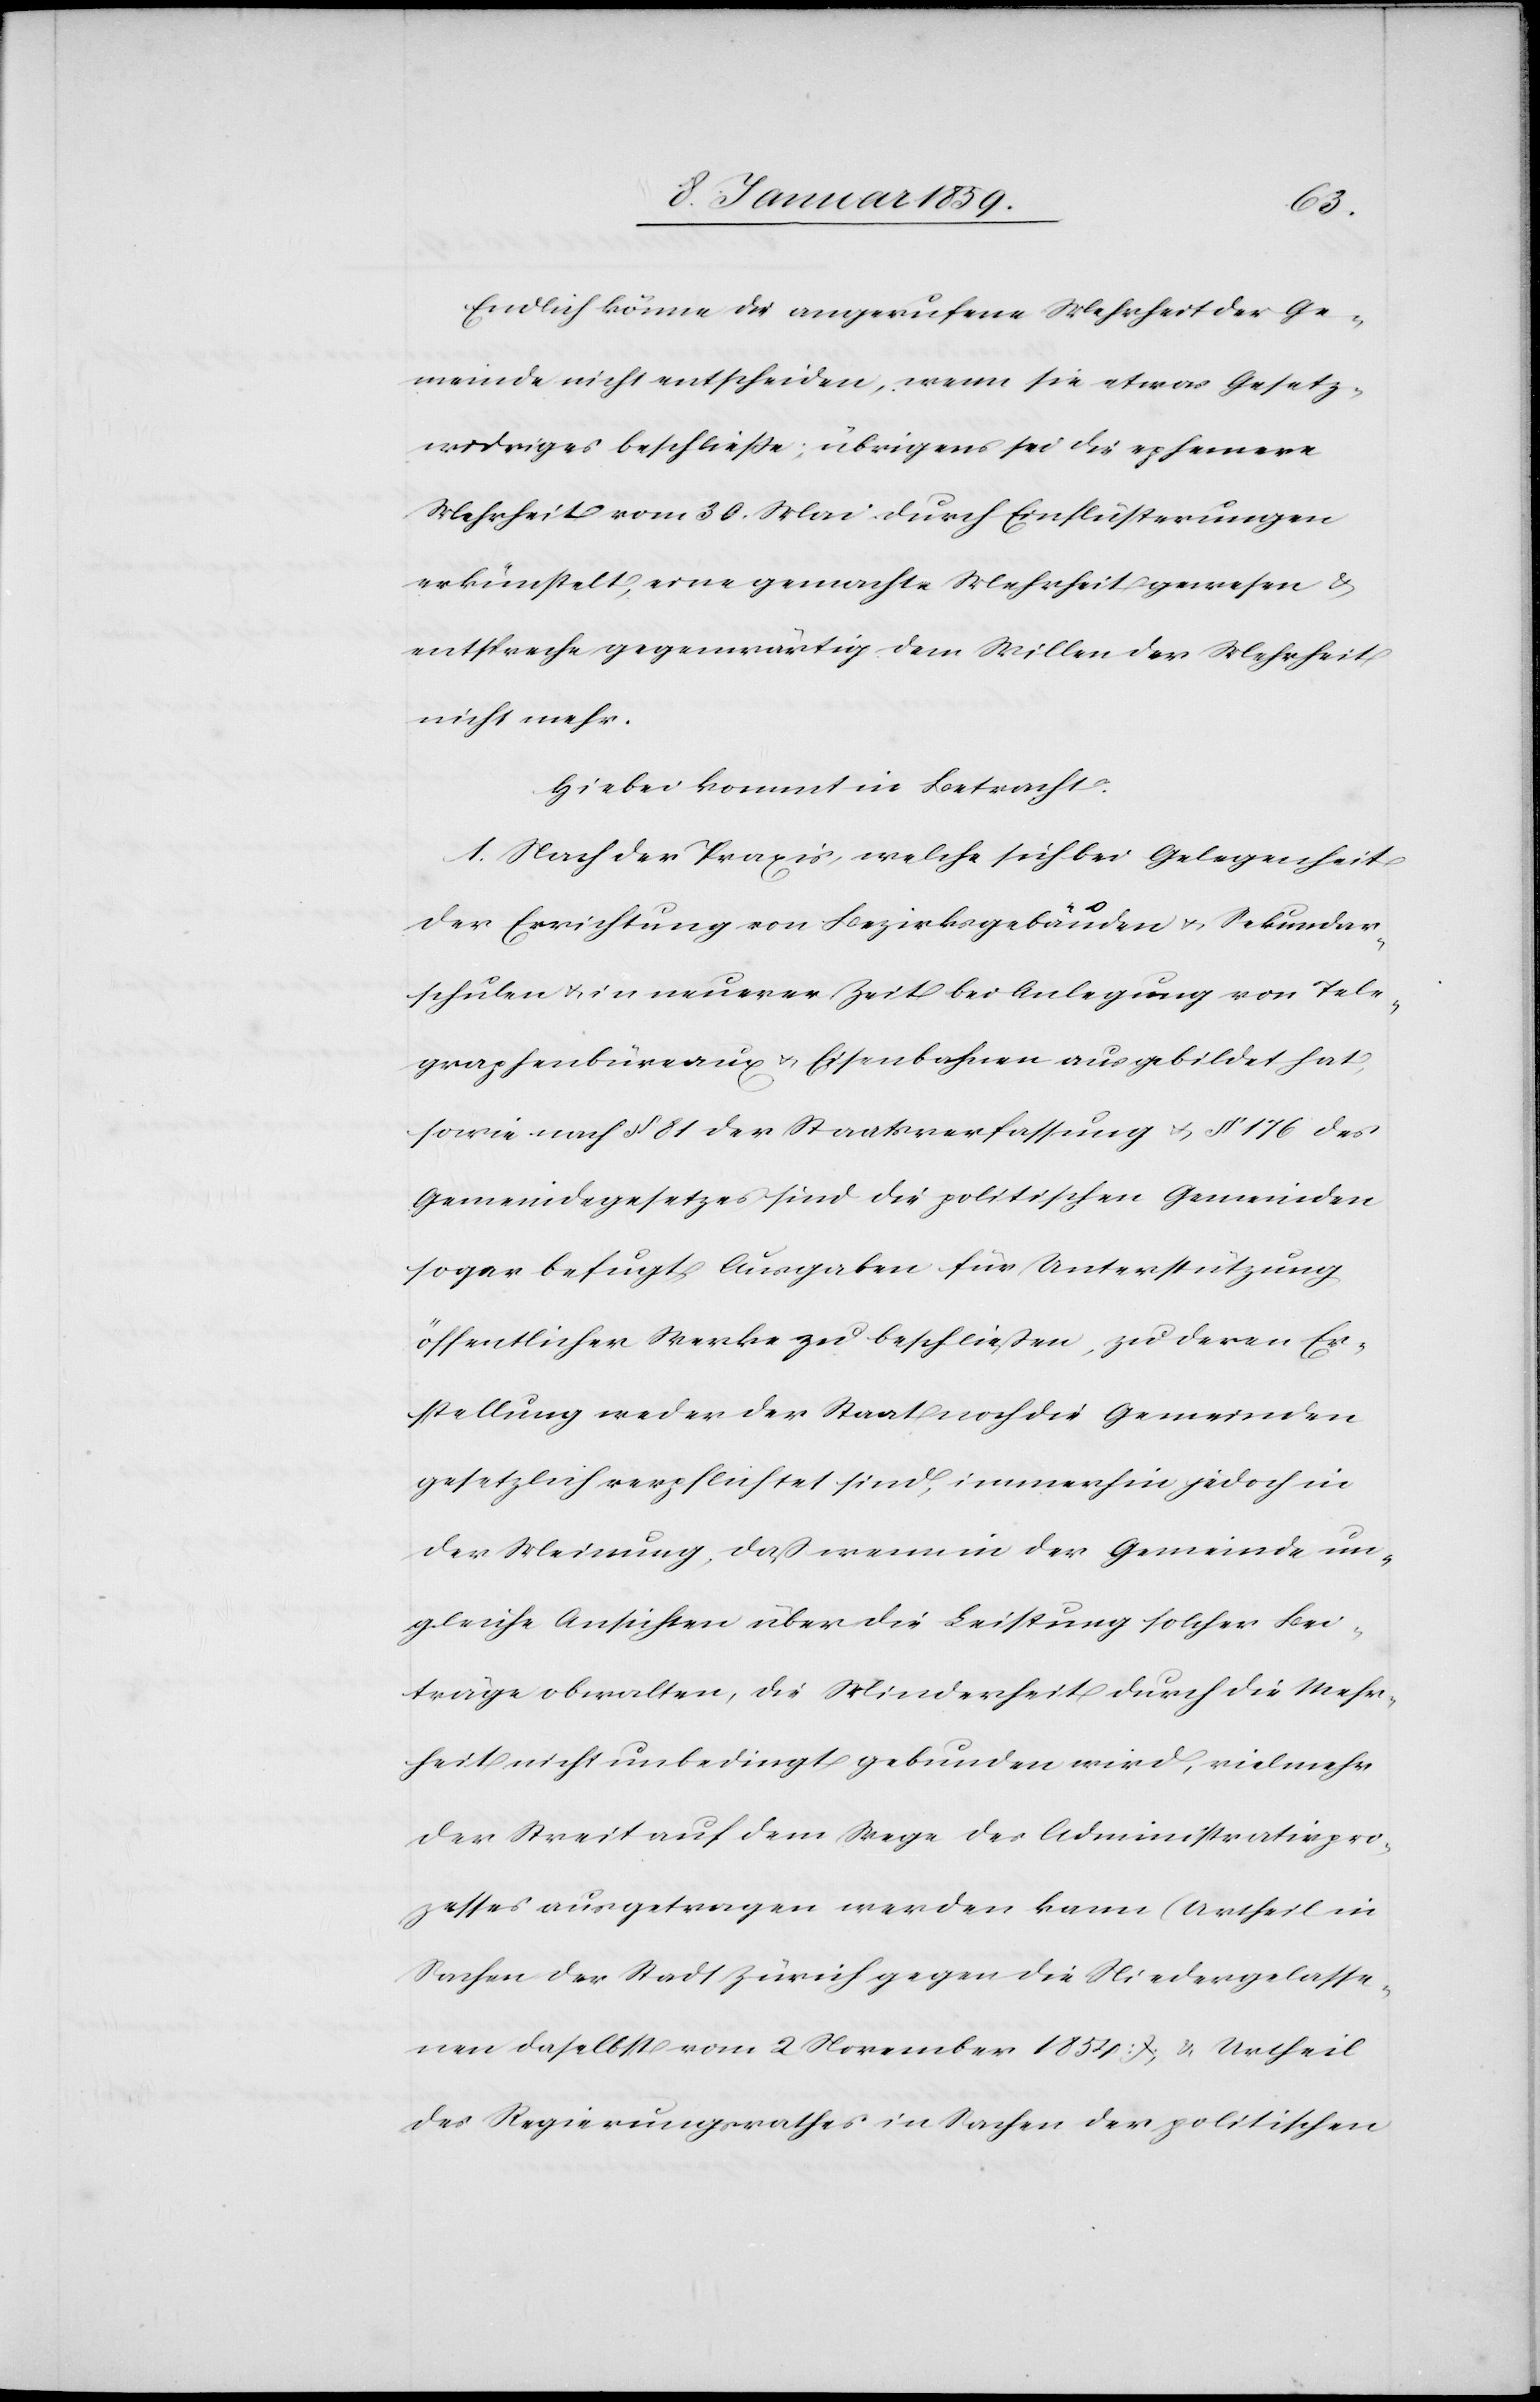
Endlich könne die angerufene Mehrheit der Ge¬
meinde nicht entscheiden, wenn sie etwas Gesetz¬
widriges beschließe; übrigens sei die ephemere
Mehrheit vom 30. Mai durch Einflüsterungen
erkünstelt, eine gemachte Mehrheit gewesen &
entspreche gegenwärtig dem Willen der Mehrheit
nicht mehr.
Hiebei kommt in Betracht:
1. Nach der Praxis, welche sich bei Gelegenheit
der Errichtung von Bezirksgebäuden u. Sekundar¬
schulen u. in neuerer Zeit bei Anlegung von Tele¬
graphenbüreaux u. Eisenbahnen ausgebildet hat,
sowie nach § 81 der Staatsverfassung u. § 176 des
Gemeindegesetzes sind die politischen Gemeinden
sogar befugt, Ausgaben für Unterstützung
öffentlicher Werke zu beschließen, zu deren Er¬
stellung weder der Staat noch die Gemeinden
gesetzlich verpflichtet sind, immerhin jedoch in
der Meinung, daß wenn in der Gemeinde un¬
gleiche Ansichten über die Leistung solcher Bei¬
träge obwalten, die Minderheit durch die Mehr¬
heit nicht unbedingt gebunden wird, vielmehr
der Streit auf dem Wege des Administrativpro¬
zesses ausgetragen werden kann (Urtheil in
Sachen der Stadt Zürich gegen die Niedergelasse¬
nen daselbst vom 2 November 1854 & Urtheil
des Regierungsrathes in Sachen der politischen